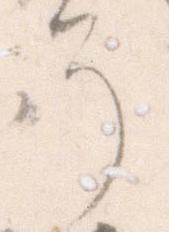
そ